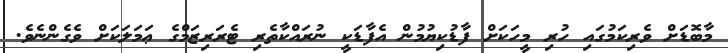
މާބޮޑަށް ވެރިކަމުގައި ހުރި މީހަކަށް ފާޑުކިޔުމުން އެފާޑަކީ ނުރައްކާތެރި ޓެރަރިޒަމްގެ ޢަމަލަކަށް ވެގެންނެވެ.